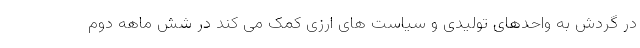
در گردش به واحدهای تولیدی و سیاست های ارزی کمک می کند در شش ماهه دوم